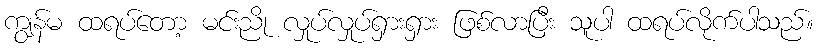
ကျွန်မ ထရပ်တော့ မင်းညို လှုပ်လှုပ်ရှားရှား ဖြစ်လာပြီး သူပါ ထရပ်လိုက်ပါသည်။